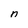
Character: n